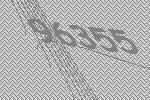
96355